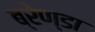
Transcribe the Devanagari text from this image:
ब्रेण्डा